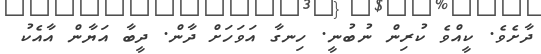
ދާށެވެ. ކީއްވެ ކުރިން ނުބުނީ. ހިނގާ އަވަހަށް ދާން. ދީބާ އަޔާން އާއެކު